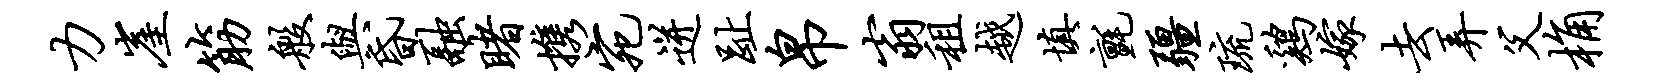
力崖筋般与昏融睹携宛迸趾帛翁租越填毡疆琉鸡嫁去弄父桷